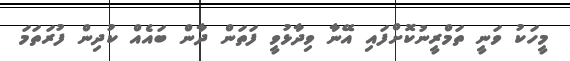
މީހަކު ވަނީ ތަމްރީނުކޮށްފައި އޭނާ ވިދާޅުވީ ފަތަން ދާން ބައެއް ކުދިން ފުރަތަމަ